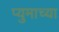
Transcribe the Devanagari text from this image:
प्युमाच्या